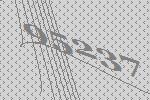
95237